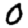
Digit: 0